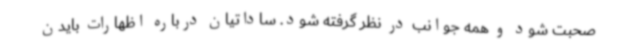
صحبت شود و همه جوانب در نظر گرفته شود. ساداتیان درباره اظهارات بایدن